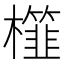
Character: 𣞯